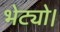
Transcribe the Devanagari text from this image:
भेट्यो।